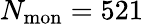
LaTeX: N_{\mathrm{mon}}=521